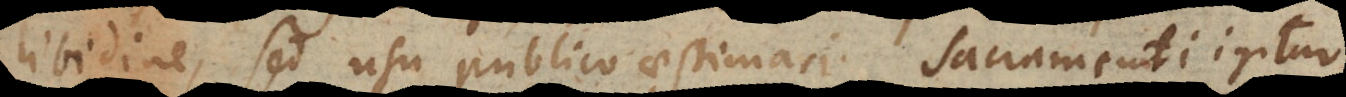
libidine, sed usu publico aestimari. Sacramenti igitur